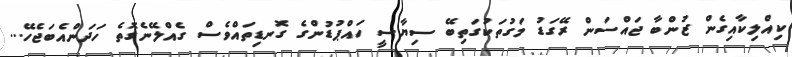
ކިއްލިކާއިގެން ޒުންބާ ޖައްސަން ރޭގަޑު މަގުތަކުގަތިބޭ ސިޔާސީ ހައްޕުޑުންގެ ގޮނޑިތައްވެސް ގެއްލޭނެގޮތެ ހަދަންއެބަޖެހޭ...